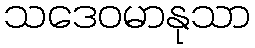
သဒေဝမာနုသာ